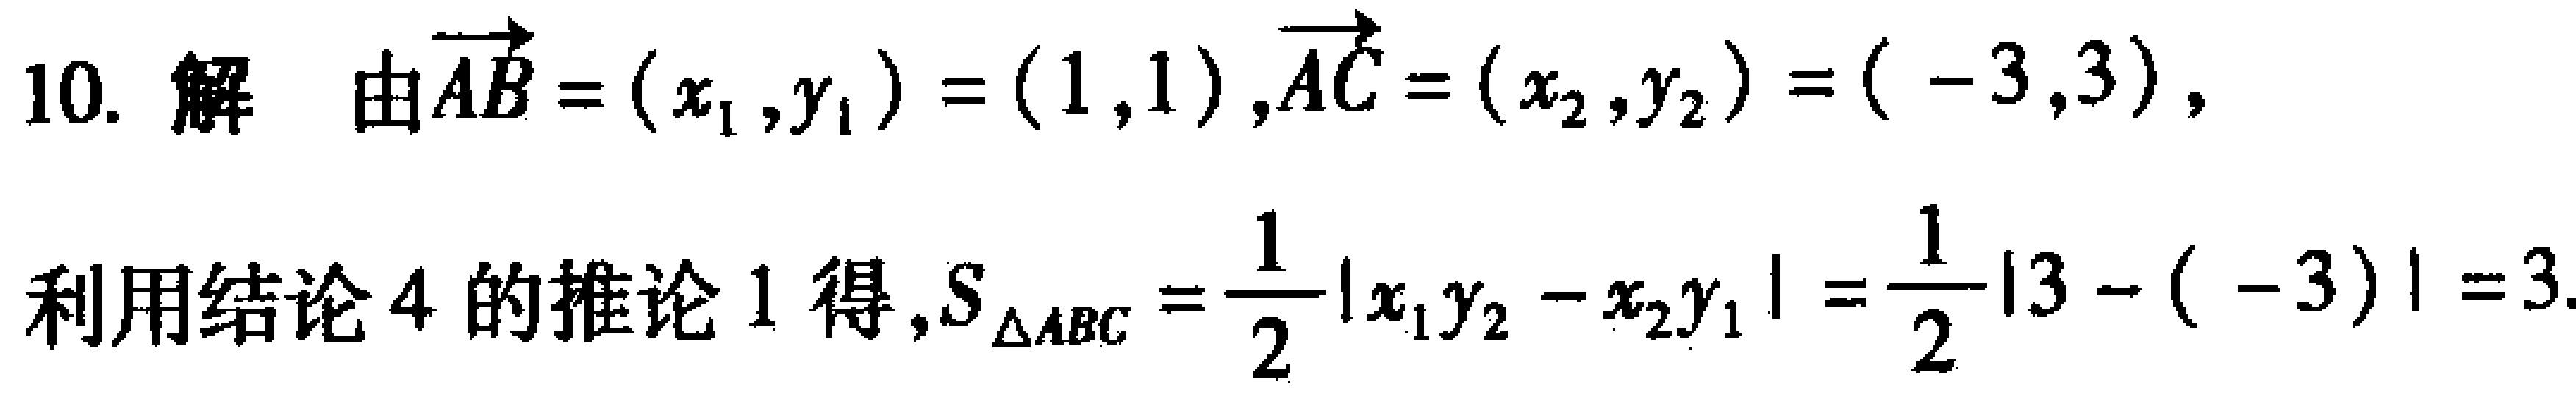
10. 解 由\(\overrightarrow{AB}=(x_1,y_1)=(1,1),\overrightarrow{AC}=(x_2,y_2)=(-3,3)\)，
利用结论4的推论1得，\(S_{\triangle ABC}=\frac{1}{2}|x_1y_2 - x_2y_1|=\frac{1}{2}|3 - (-3)| = 3\).